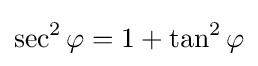
\sec ^{2}\varphi =1+\tan ^{2}\varphi